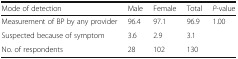
| Mode of detection | Male | Female | Total | P-value |
 | --- | --- | --- | --- | --- |
 | Measurement of BP by any provider | 96.4 | 97.1 | 96.9 | <ROWSPAN=2> 1.00 |
 | Suspected because of symptom | 3.6 | 2.9 | 3.1 |
 | No. of respondents | 28 | 102 | 130 |  |